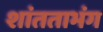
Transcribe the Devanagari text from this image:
शांतताभंग